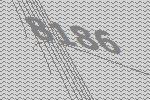
8186